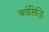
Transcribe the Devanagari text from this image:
अर्थसिद्धि